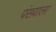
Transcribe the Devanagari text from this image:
पंख्याला